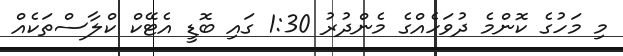
މި މަހުގެ ކޮންމެ ދުވަހެއްގެ މެންދުރު 1:30 ގައި ބޮޑީ އެޓޭކް ކްލާސްތަކެއް